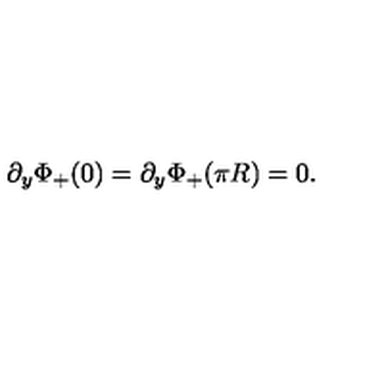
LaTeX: \partial _ { y } \Phi _ { + } ( 0 ) = \partial _ { y } \Phi _ { + } ( \pi R ) = 0 .